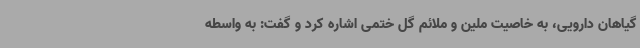
گیاهان دارویی، به خاصیت ملین و ملائم گل ختمی اشاره کرد و گفت: به واسطه